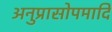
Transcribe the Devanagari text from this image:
अनुप्रासोपमादि